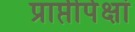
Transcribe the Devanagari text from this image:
प्राप्तीपेक्षां